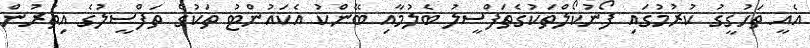
އެއީ ތަހުގީގު ކުރުމުގައި ފޯނުކޯލްތަކުގެތަފްސީލު ބެލުމާއި ބޭންކު އެކައުންޓު ތަކުގެ ތަފްސީލުގެ އިތުރުން